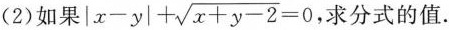
(2)如果 $$|x-y|+ \sqrt{x+y-2}=0$$ ，求分式的值.